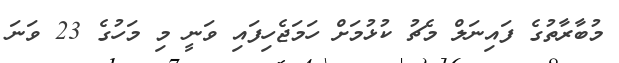
މުބާރާތުގެ ފައިނަލް މެޗު ކުޅުމަށް ހަމަޖެހިފައި ވަނީ މި މަހުގެ 23 ވަނަ